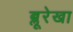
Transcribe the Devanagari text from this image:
ब्लूरेखा